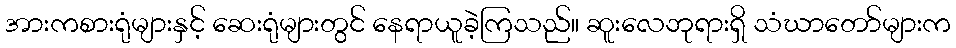
အားကစားရုံများနှင့် ဆေးရုံများတွင် နေရာယူခဲ့ကြသည်။ ဆူးလေဘုရားရှိ သံဃာတော်များက